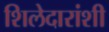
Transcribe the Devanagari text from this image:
शिलेदारांशी